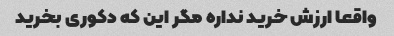
واقعا ارزش خرید نداره مگر این که دکوری بخرید